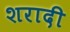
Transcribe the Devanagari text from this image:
शरादी